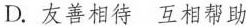
D.友善相待 互相帮助